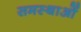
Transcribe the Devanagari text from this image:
समस्थाओं